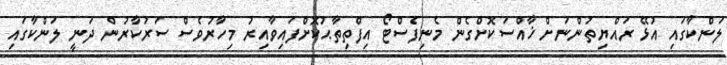
ލަންކާގައި އުޅޭ ރައްޔިތުންނަށް ޚާއްސަކޮށްގެން މެނިފެސްޓޯ އިފްތިތާޙުކޮށްފައިވާއިރު މިހާރުވެސް ސަރުކާރުން ދަނީ ލަންކާގައި